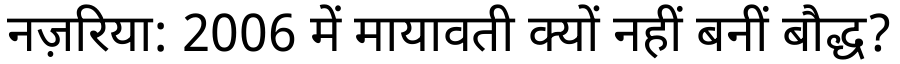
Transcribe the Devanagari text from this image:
नज़रिया: 2006 में मायावती क्यों नहीं बनीं बौद्ध?